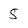
Character: 5